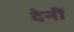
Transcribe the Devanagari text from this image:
देनीं